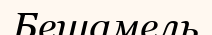
Бешамель